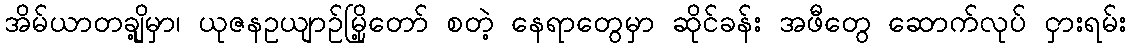
အိမ်ယာတချို့မှာ၊ ယုဇနဥယျာဉ်မြို့တော် စတဲ့ နေရာတွေမှာ ဆိုင်ခန်း အဖီတွေ ဆောက်လုပ် ငှားရမ်း